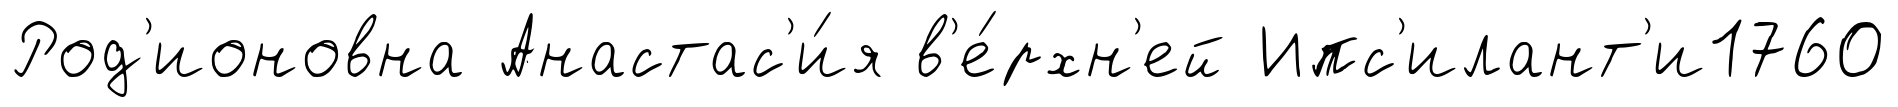
Род'ионовна Анастас'и́я в'е́рхн'ей Ипс'илант'и1760